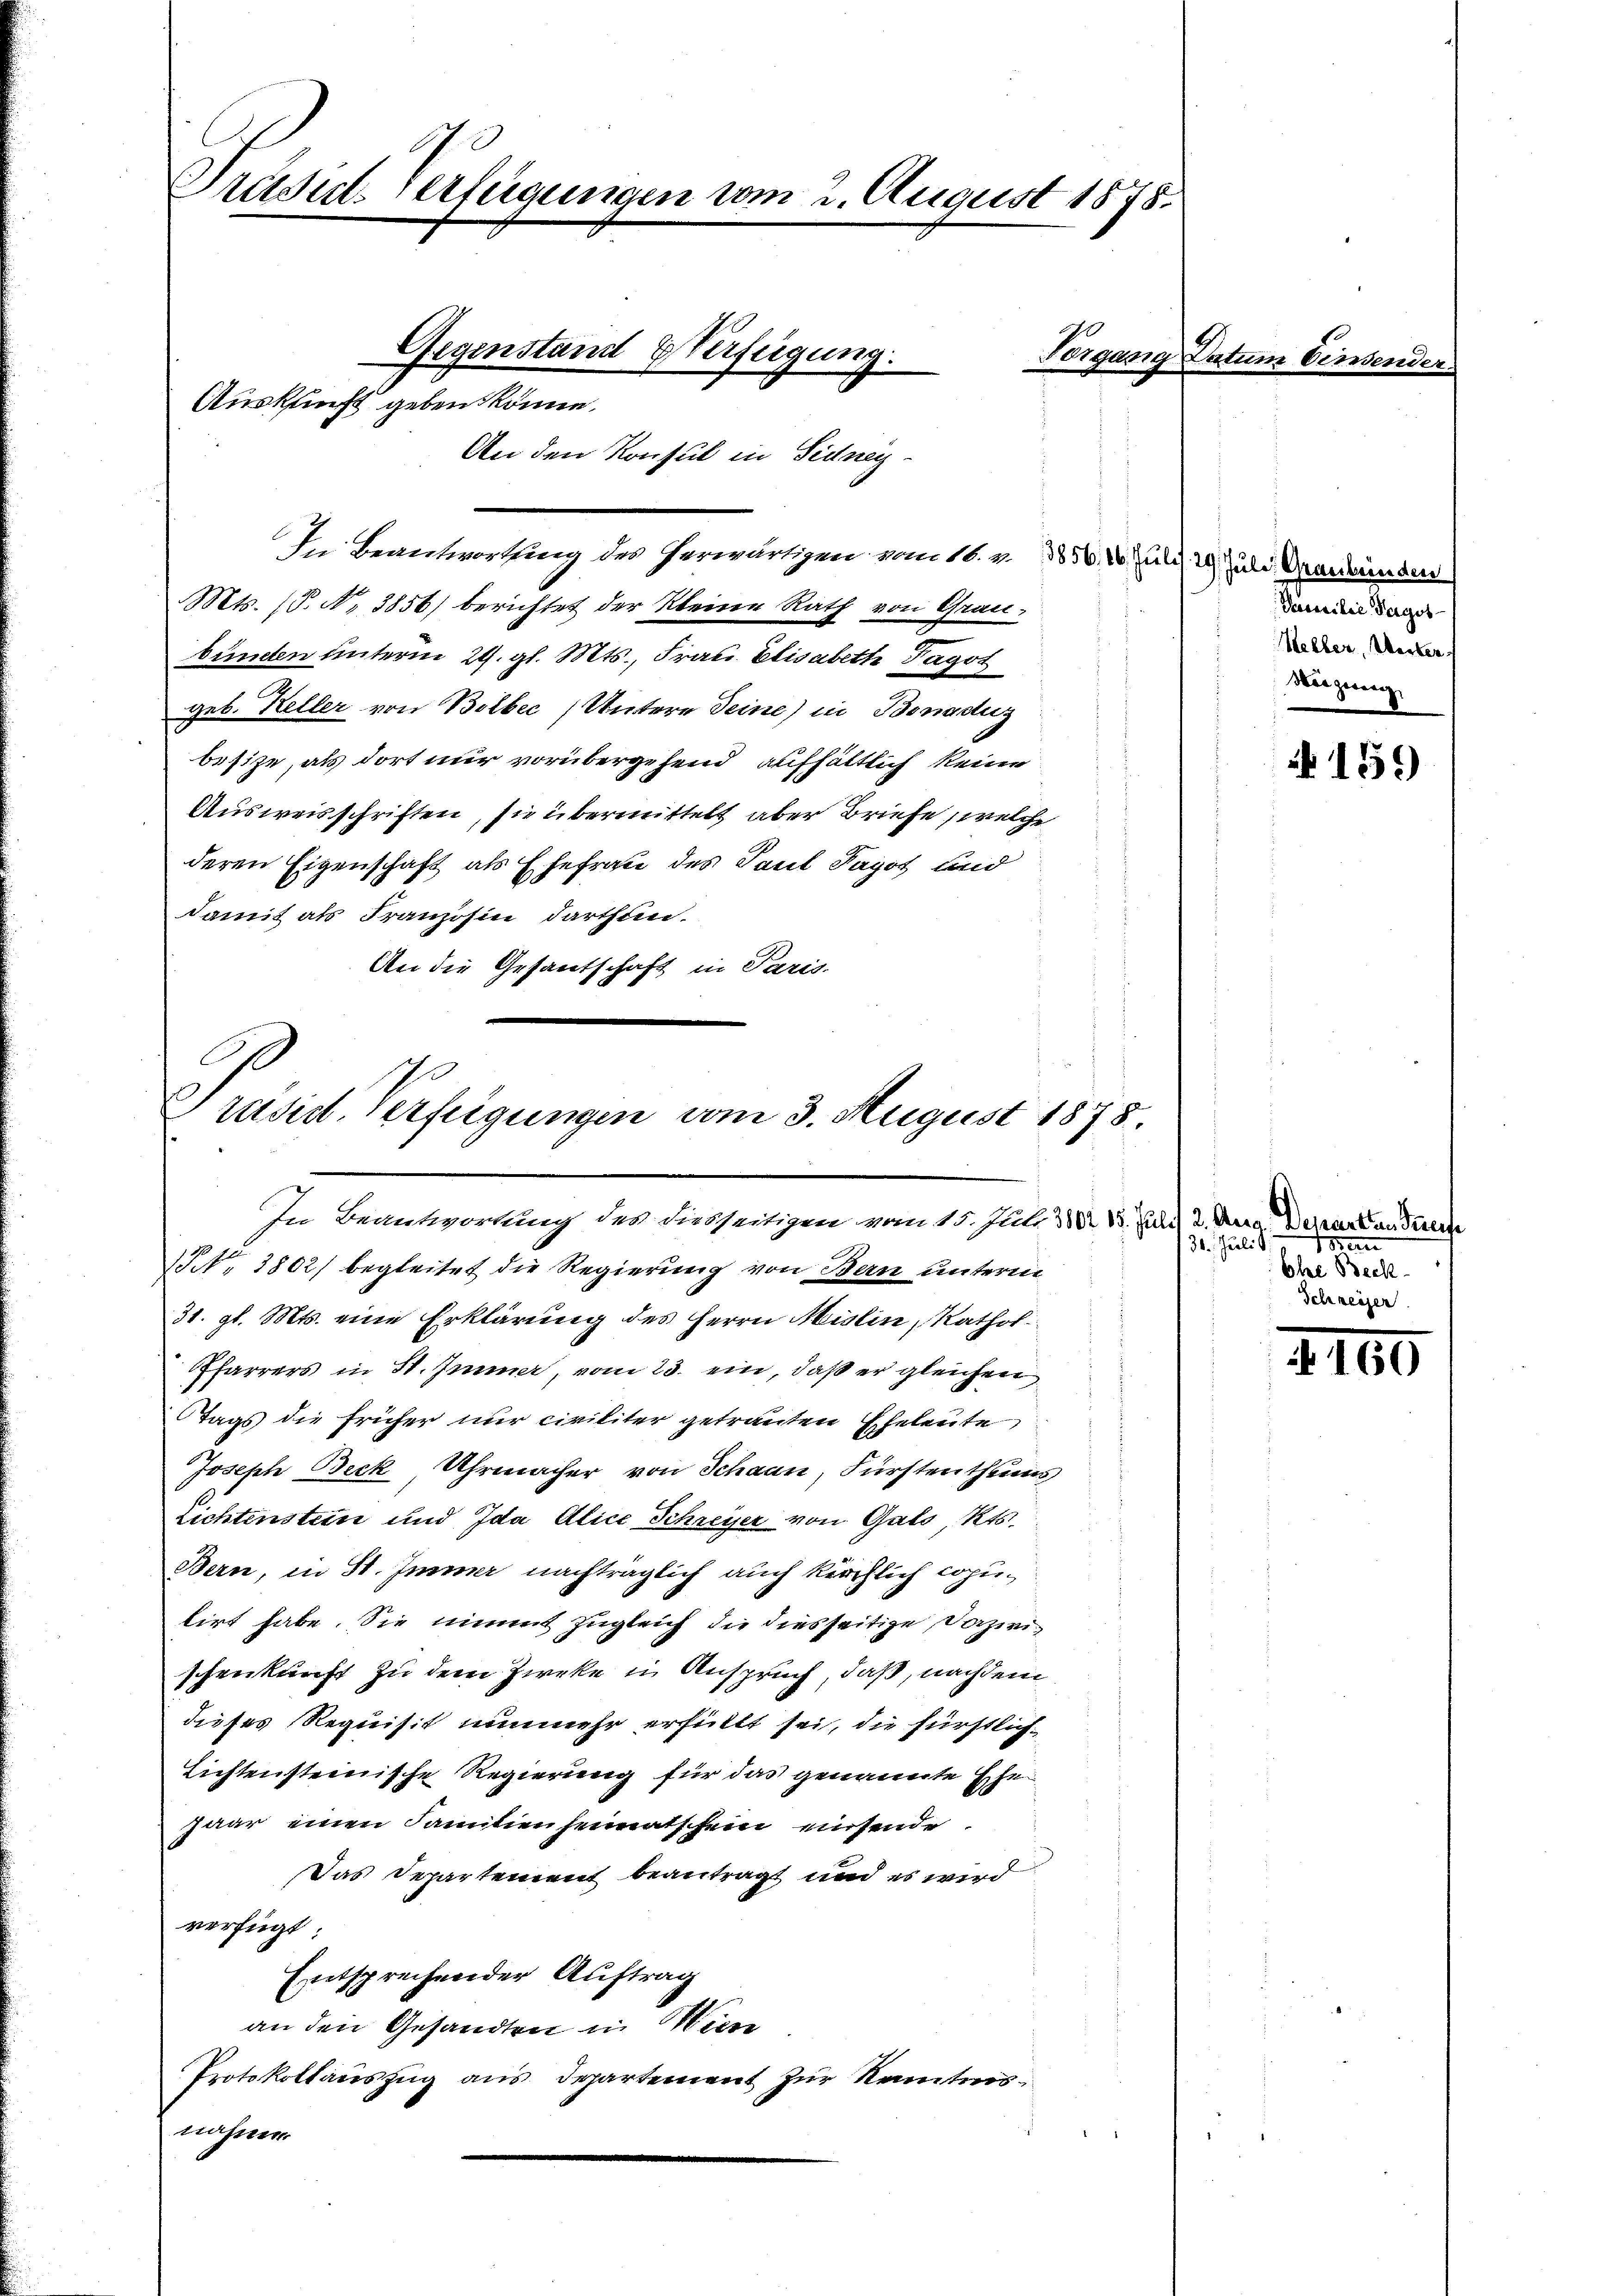
Präsid. Verfügungen vom 2. August 1878.
Gegenstand & Verfügung.
Vorgang Datum Einsender
Auskunft geben könne.
An den Konsul in Sidney

In Beantwortung des herwärtigen vom 16. v. 3856. 10. Juli 29. Juli Graubünden
Mts. (T. N. 3856) berichtet der kleine Rath von Grau¬
5
bunden unterm 29. gl. Mts., Frau Elisabette Fagot
geb. Keller von Bolbec (Untern Seine) in Bonadig
besize, als dort nur vorübergehend aufhältlich keine
Ausweisschriften, sie übermittelt aber Briefe, welche
deren Eigenschaft als Ehefrau des Paul Pagot und
damit als Franzosen darthien.
An die Gesantschaft in Paris

Präsid. Verfügungen vom 3. August 1878.
In Beantwortung des dasseitigen von 15. Juli 30. 18. Juli 2. Dera. Depart an dererse

13 No 3802/ begleitet die Regierung von Bern unterm
31. gl. Mts. eine Erklärung des Herrn Mislin, Rathol
Pfarrers in St. Immer, vom 23. ein, daß er gleichen
Tags die früher nur civiliter getrauten Eheleute
Joseph Beck Uhrmacher von Schaan, Fürstenthums
Lichtenstein und Ida Alice Schreiser von Gats, Kts.
Bern, in St. Immer nachträglich auch kirchlich coputirt habe. Sie nimmt zugleich die diesseitige Dazwischenkunft zu dem Zweke in Anspruch, daß, nachdem
dieses Requisit nunmehr erfüllt sei, die fürstlich¬
Lichtensteinische Regierung für das genannte Ehe
paar einen Familienheimatschein eisende
Das Departement beantragt und es wird
verfügt
Entsprechender Auftrag
an den Gesandten in Wiese
Protokollauszug aus Departement zur Kenntnisnahme

Passilie Tages
Meller, Werken
Neigung

159

sien
31. Juli d.
Ehre Beck
Schreizer

2160